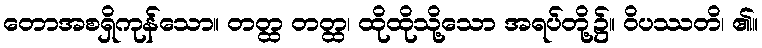
တောအစရှိကုန်သော။ တတ္ထ တတ္ထ၊ ထိုထိုသို့သော အရပ်တို့၌။ ဝိပဿတိ၊ ၏။